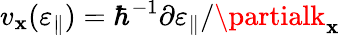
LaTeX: v_{\mathbf{x}}(\varepsilon_{\parallel})=\hbar^{-1}\partial\varepsilon_{\parallel}/\partialk_{\mathbf{x}}